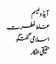
آیڈولیسم
غلط فطرت
اسلامی گفتگو
حقیقی افکار